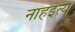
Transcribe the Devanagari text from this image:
नाहंइत्य